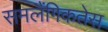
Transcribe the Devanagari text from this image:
समलैंगिकतेस